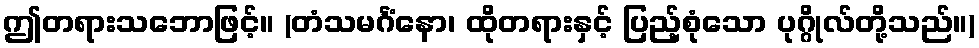
ဤတရားသဘောဖြင့်။ (တံသမင်္ဂံနော၊ ထိုတရားနှင့် ပြည့်စုံသော ပုဂ္ဂိုလ်တို့သည်။)